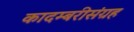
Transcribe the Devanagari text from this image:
कादम्बरीसंग्रह